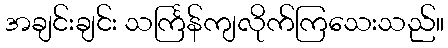
အချင်းချင်း သင်္ကြန်ကျလိုက်ကြသေးသည်။